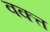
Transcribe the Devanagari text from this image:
वक्त्त